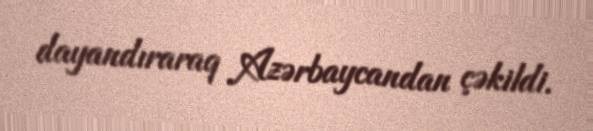
dayandıraraq Azərbaycandan çəkildi.